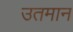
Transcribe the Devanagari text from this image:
उतमान